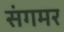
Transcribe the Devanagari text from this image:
संगमर